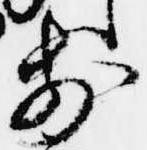
前